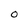
Character: 0